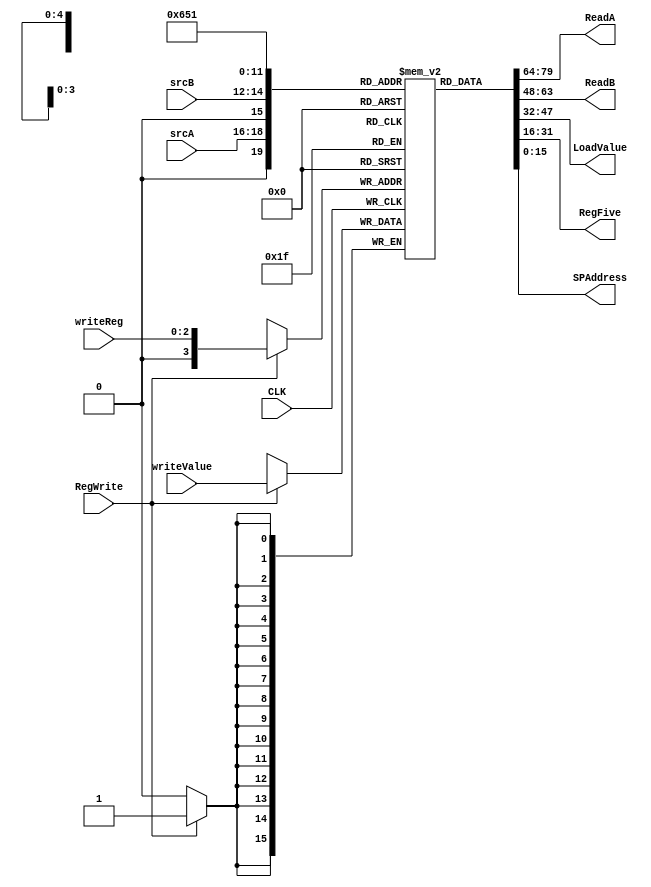
module reg_file(
	 input wire CLK,
    input wire [2:0] srcA,
    input wire [2:0] srcB,
    input wire [2:0] writeReg,
    input wire [15:0] writeValue,
	
	input wire RegWrite,
	 
	 output [15:0] ReadA,
    output [15:0] ReadB,
	 output [15:0] LoadValue,
	 output [15:0] RegFive,
	 output [15:0] SPAddress
    );
	 
reg [15:0] registers[15:0];

integer i;
initial begin
	for (i=0; i<16; i = i+1)
			registers[i] = 0;
			
	registers[1] = -1;
	registers[6] = 9;
end


assign ReadA = registers[srcA];
assign ReadB = registers[srcB];
assign LoadValue = registers[6];
assign RegFive = registers[5];
assign SPAddress = registers[1];

always @ (posedge CLK)
//always @ (RegWrite, srcA, srcB, writeReg, writeValue)
begin
if (RegWrite)
  begin
    registers[writeReg] = writeValue;
	 $display("Register write: RegNum " ,writeReg, " = ", writeValue);
	end

end
endmodule